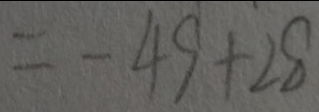
= - 4 9 + 2 8